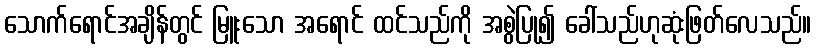
သောက်ရောင်အချိန်တွင် မြူးသော အရောင် ထင်သည်ကို အစွဲပြု၍ ခေါ်သည်ဟုဆုံးဖြတ်လေသည်။